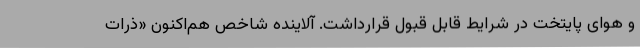
و هوای پایتخت در شرایط قابل قبول قرارداشت. آلاینده شاخص هم‌اکنون «ذرات